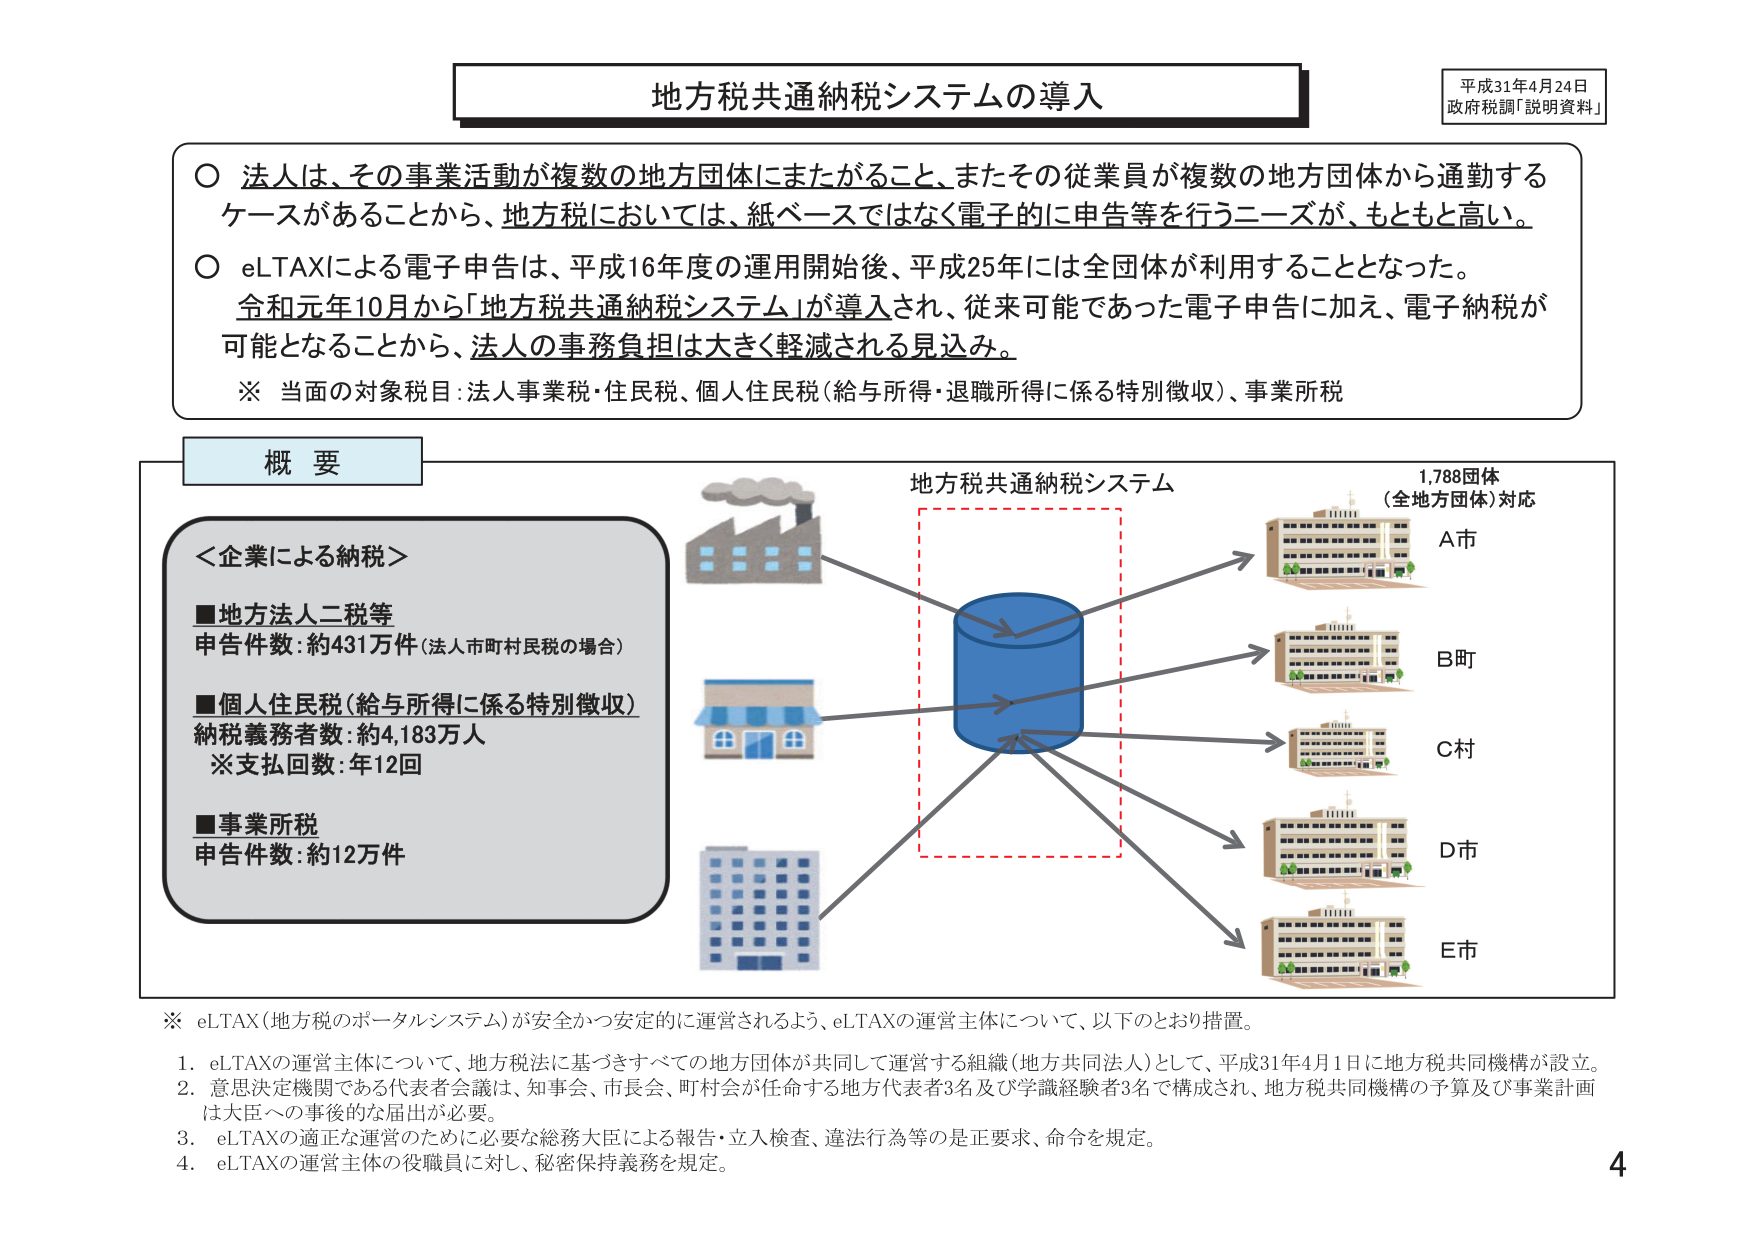
地方税共通納税システムの導入

平成31年4月24日
政府税調「説明資料」

○ 法人は、その事業活動が複数の地方団体にまたがること、またその従業員が複数の地方団体から通勤するケースがあることから、地方税においては、紙ベースではなく電子的に申告等を行うニーズが、もともと高い。

○ eLTAXによる電子申告は、平成16年度の運用開始後、平成25年には全団体が利用することとなった。令和元年10月から「地方税共通納税システム」が導入され、従来可能であった電子申告に加え、電子納税が可能となることから、法人の事務負担は大きく軽減される見込み。

※ 当面の対象税目：法人事業税・住民税、個人住民税（給与所得・退職所得に係る特別徴収）、事業所税

概要

＜企業による納税＞
■地方法人二税等
申告件数：約431万件（法人市町村民税の場合）

■個人住民税（給与所得に係る特別徴収）
納税義務者数：約4,183万人
※支払回数：年12回

■事業所税
申告件数：約12万件

地方税共通納税システム
1,788団体
（全地方団体）対応
A市
B町
C村
D市
E市

※ eLTAX（地方税のポータルシステム）が安全かつ安定的に運営されるよう、eLTAXの運営主体について、以下のとおり措置。

1. eLTAXの運営主体について、地方税法に基づきすべての地方団体が共同して運営する組織（地方共同法人）として、平成31年4月1日に地方税共同機構が設立。

2. 意思決定機関である代表者会議は、知事会、市長会、町村会が任命する地方代表者3名及び学識経験者3名で構成され、地方税共同機構の予算及び事業計画は大臣への事後的な届出が必要。

3. eLTAXの適正な運営のために必要な総務大臣による報告・立入検査、違法行為等の是正要求、命令を規定。

4. eLTAXの運営主体の役職員に対し、秘密保持義務を規定。

4